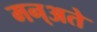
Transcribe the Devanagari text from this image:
मन्अते